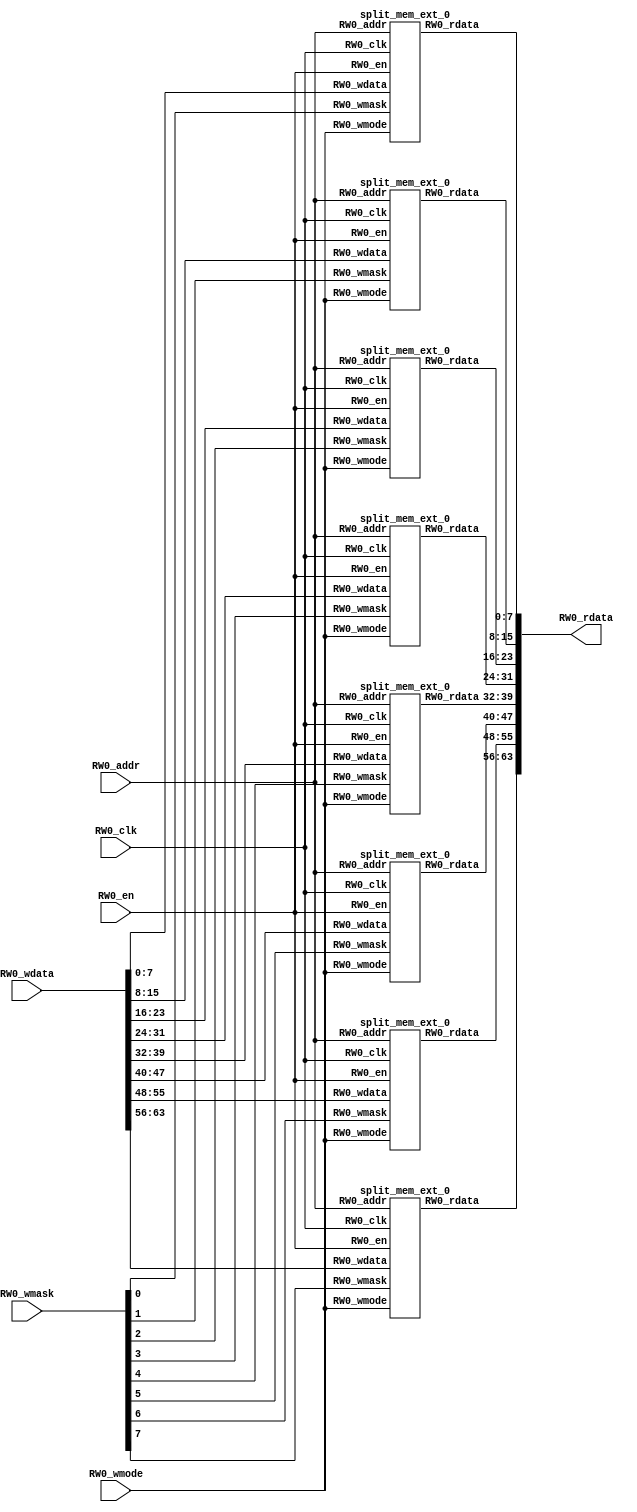
module mem_ext_0(
  input  [8:0]  RW0_addr,
  input         RW0_clk,
  input  [63:0] RW0_wdata,
  output [63:0] RW0_rdata,
  input         RW0_en,
  input         RW0_wmode,
  input  [7:0]  RW0_wmask
);
  wire [8:0] mem_0_0_RW0_addr;
  wire  mem_0_0_RW0_clk;
  wire [7:0] mem_0_0_RW0_wdata;
  wire [7:0] mem_0_0_RW0_rdata;
  wire  mem_0_0_RW0_en;
  wire  mem_0_0_RW0_wmode;
  wire  mem_0_0_RW0_wmask;
  wire [8:0] mem_0_1_RW0_addr;
  wire  mem_0_1_RW0_clk;
  wire [7:0] mem_0_1_RW0_wdata;
  wire [7:0] mem_0_1_RW0_rdata;
  wire  mem_0_1_RW0_en;
  wire  mem_0_1_RW0_wmode;
  wire  mem_0_1_RW0_wmask;
  wire [8:0] mem_0_2_RW0_addr;
  wire  mem_0_2_RW0_clk;
  wire [7:0] mem_0_2_RW0_wdata;
  wire [7:0] mem_0_2_RW0_rdata;
  wire  mem_0_2_RW0_en;
  wire  mem_0_2_RW0_wmode;
  wire  mem_0_2_RW0_wmask;
  wire [8:0] mem_0_3_RW0_addr;
  wire  mem_0_3_RW0_clk;
  wire [7:0] mem_0_3_RW0_wdata;
  wire [7:0] mem_0_3_RW0_rdata;
  wire  mem_0_3_RW0_en;
  wire  mem_0_3_RW0_wmode;
  wire  mem_0_3_RW0_wmask;
  wire [8:0] mem_0_4_RW0_addr;
  wire  mem_0_4_RW0_clk;
  wire [7:0] mem_0_4_RW0_wdata;
  wire [7:0] mem_0_4_RW0_rdata;
  wire  mem_0_4_RW0_en;
  wire  mem_0_4_RW0_wmode;
  wire  mem_0_4_RW0_wmask;
  wire [8:0] mem_0_5_RW0_addr;
  wire  mem_0_5_RW0_clk;
  wire [7:0] mem_0_5_RW0_wdata;
  wire [7:0] mem_0_5_RW0_rdata;
  wire  mem_0_5_RW0_en;
  wire  mem_0_5_RW0_wmode;
  wire  mem_0_5_RW0_wmask;
  wire [8:0] mem_0_6_RW0_addr;
  wire  mem_0_6_RW0_clk;
  wire [7:0] mem_0_6_RW0_wdata;
  wire [7:0] mem_0_6_RW0_rdata;
  wire  mem_0_6_RW0_en;
  wire  mem_0_6_RW0_wmode;
  wire  mem_0_6_RW0_wmask;
  wire [8:0] mem_0_7_RW0_addr;
  wire  mem_0_7_RW0_clk;
  wire [7:0] mem_0_7_RW0_wdata;
  wire [7:0] mem_0_7_RW0_rdata;
  wire  mem_0_7_RW0_en;
  wire  mem_0_7_RW0_wmode;
  wire  mem_0_7_RW0_wmask;
  wire [7:0] RW0_rdata_0_0 = mem_0_0_RW0_rdata;
  wire [7:0] RW0_rdata_0_1 = mem_0_1_RW0_rdata;
  wire [7:0] RW0_rdata_0_2 = mem_0_2_RW0_rdata;
  wire [7:0] RW0_rdata_0_3 = mem_0_3_RW0_rdata;
  wire [7:0] RW0_rdata_0_4 = mem_0_4_RW0_rdata;
  wire [7:0] RW0_rdata_0_5 = mem_0_5_RW0_rdata;
  wire [7:0] RW0_rdata_0_6 = mem_0_6_RW0_rdata;
  wire [7:0] RW0_rdata_0_7 = mem_0_7_RW0_rdata;
  wire [15:0] _GEN_0 = {RW0_rdata_0_1,RW0_rdata_0_0};
  wire [23:0] _GEN_1 = {RW0_rdata_0_2,RW0_rdata_0_1,RW0_rdata_0_0};
  wire [31:0] _GEN_2 = {RW0_rdata_0_3,RW0_rdata_0_2,RW0_rdata_0_1,RW0_rdata_0_0};
  wire [39:0] _GEN_3 = {RW0_rdata_0_4,RW0_rdata_0_3,RW0_rdata_0_2,RW0_rdata_0_1,RW0_rdata_0_0};
  wire [47:0] _GEN_4 = {RW0_rdata_0_5,RW0_rdata_0_4,RW0_rdata_0_3,RW0_rdata_0_2,RW0_rdata_0_1,RW0_rdata_0_0};
  wire [55:0] _GEN_5 = {RW0_rdata_0_6,RW0_rdata_0_5,RW0_rdata_0_4,RW0_rdata_0_3,RW0_rdata_0_2,RW0_rdata_0_1,
    RW0_rdata_0_0};
  wire [63:0] RW0_rdata_0 = {RW0_rdata_0_7,RW0_rdata_0_6,RW0_rdata_0_5,RW0_rdata_0_4,RW0_rdata_0_3,RW0_rdata_0_2,
    RW0_rdata_0_1,RW0_rdata_0_0};
  wire [15:0] _GEN_6 = {RW0_rdata_0_1,RW0_rdata_0_0};
  wire [23:0] _GEN_7 = {RW0_rdata_0_2,RW0_rdata_0_1,RW0_rdata_0_0};
  wire [31:0] _GEN_8 = {RW0_rdata_0_3,RW0_rdata_0_2,RW0_rdata_0_1,RW0_rdata_0_0};
  wire [39:0] _GEN_9 = {RW0_rdata_0_4,RW0_rdata_0_3,RW0_rdata_0_2,RW0_rdata_0_1,RW0_rdata_0_0};
  wire [47:0] _GEN_10 = {RW0_rdata_0_5,RW0_rdata_0_4,RW0_rdata_0_3,RW0_rdata_0_2,RW0_rdata_0_1,RW0_rdata_0_0};
  wire [55:0] _GEN_11 = {RW0_rdata_0_6,RW0_rdata_0_5,RW0_rdata_0_4,RW0_rdata_0_3,RW0_rdata_0_2,RW0_rdata_0_1,
    RW0_rdata_0_0};
  split_mem_ext_0 mem_0_0 (
    .RW0_addr(mem_0_0_RW0_addr),
    .RW0_clk(mem_0_0_RW0_clk),
    .RW0_wdata(mem_0_0_RW0_wdata),
    .RW0_rdata(mem_0_0_RW0_rdata),
    .RW0_en(mem_0_0_RW0_en),
    .RW0_wmode(mem_0_0_RW0_wmode),
    .RW0_wmask(mem_0_0_RW0_wmask)
  );
  split_mem_ext_0 mem_0_1 (
    .RW0_addr(mem_0_1_RW0_addr),
    .RW0_clk(mem_0_1_RW0_clk),
    .RW0_wdata(mem_0_1_RW0_wdata),
    .RW0_rdata(mem_0_1_RW0_rdata),
    .RW0_en(mem_0_1_RW0_en),
    .RW0_wmode(mem_0_1_RW0_wmode),
    .RW0_wmask(mem_0_1_RW0_wmask)
  );
  split_mem_ext_0 mem_0_2 (
    .RW0_addr(mem_0_2_RW0_addr),
    .RW0_clk(mem_0_2_RW0_clk),
    .RW0_wdata(mem_0_2_RW0_wdata),
    .RW0_rdata(mem_0_2_RW0_rdata),
    .RW0_en(mem_0_2_RW0_en),
    .RW0_wmode(mem_0_2_RW0_wmode),
    .RW0_wmask(mem_0_2_RW0_wmask)
  );
  split_mem_ext_0 mem_0_3 (
    .RW0_addr(mem_0_3_RW0_addr),
    .RW0_clk(mem_0_3_RW0_clk),
    .RW0_wdata(mem_0_3_RW0_wdata),
    .RW0_rdata(mem_0_3_RW0_rdata),
    .RW0_en(mem_0_3_RW0_en),
    .RW0_wmode(mem_0_3_RW0_wmode),
    .RW0_wmask(mem_0_3_RW0_wmask)
  );
  split_mem_ext_0 mem_0_4 (
    .RW0_addr(mem_0_4_RW0_addr),
    .RW0_clk(mem_0_4_RW0_clk),
    .RW0_wdata(mem_0_4_RW0_wdata),
    .RW0_rdata(mem_0_4_RW0_rdata),
    .RW0_en(mem_0_4_RW0_en),
    .RW0_wmode(mem_0_4_RW0_wmode),
    .RW0_wmask(mem_0_4_RW0_wmask)
  );
  split_mem_ext_0 mem_0_5 (
    .RW0_addr(mem_0_5_RW0_addr),
    .RW0_clk(mem_0_5_RW0_clk),
    .RW0_wdata(mem_0_5_RW0_wdata),
    .RW0_rdata(mem_0_5_RW0_rdata),
    .RW0_en(mem_0_5_RW0_en),
    .RW0_wmode(mem_0_5_RW0_wmode),
    .RW0_wmask(mem_0_5_RW0_wmask)
  );
  split_mem_ext_0 mem_0_6 (
    .RW0_addr(mem_0_6_RW0_addr),
    .RW0_clk(mem_0_6_RW0_clk),
    .RW0_wdata(mem_0_6_RW0_wdata),
    .RW0_rdata(mem_0_6_RW0_rdata),
    .RW0_en(mem_0_6_RW0_en),
    .RW0_wmode(mem_0_6_RW0_wmode),
    .RW0_wmask(mem_0_6_RW0_wmask)
  );
  split_mem_ext_0 mem_0_7 (
    .RW0_addr(mem_0_7_RW0_addr),
    .RW0_clk(mem_0_7_RW0_clk),
    .RW0_wdata(mem_0_7_RW0_wdata),
    .RW0_rdata(mem_0_7_RW0_rdata),
    .RW0_en(mem_0_7_RW0_en),
    .RW0_wmode(mem_0_7_RW0_wmode),
    .RW0_wmask(mem_0_7_RW0_wmask)
  );
  assign RW0_rdata = {RW0_rdata_0_7,_GEN_5};
  assign mem_0_0_RW0_addr = RW0_addr;
  assign mem_0_0_RW0_clk = RW0_clk;
  assign mem_0_0_RW0_wdata = RW0_wdata[7:0];
  assign mem_0_0_RW0_en = RW0_en;
  assign mem_0_0_RW0_wmode = RW0_wmode;
  assign mem_0_0_RW0_wmask = RW0_wmask[0];
  assign mem_0_1_RW0_addr = RW0_addr;
  assign mem_0_1_RW0_clk = RW0_clk;
  assign mem_0_1_RW0_wdata = RW0_wdata[15:8];
  assign mem_0_1_RW0_en = RW0_en;
  assign mem_0_1_RW0_wmode = RW0_wmode;
  assign mem_0_1_RW0_wmask = RW0_wmask[1];
  assign mem_0_2_RW0_addr = RW0_addr;
  assign mem_0_2_RW0_clk = RW0_clk;
  assign mem_0_2_RW0_wdata = RW0_wdata[23:16];
  assign mem_0_2_RW0_en = RW0_en;
  assign mem_0_2_RW0_wmode = RW0_wmode;
  assign mem_0_2_RW0_wmask = RW0_wmask[2];
  assign mem_0_3_RW0_addr = RW0_addr;
  assign mem_0_3_RW0_clk = RW0_clk;
  assign mem_0_3_RW0_wdata = RW0_wdata[31:24];
  assign mem_0_3_RW0_en = RW0_en;
  assign mem_0_3_RW0_wmode = RW0_wmode;
  assign mem_0_3_RW0_wmask = RW0_wmask[3];
  assign mem_0_4_RW0_addr = RW0_addr;
  assign mem_0_4_RW0_clk = RW0_clk;
  assign mem_0_4_RW0_wdata = RW0_wdata[39:32];
  assign mem_0_4_RW0_en = RW0_en;
  assign mem_0_4_RW0_wmode = RW0_wmode;
  assign mem_0_4_RW0_wmask = RW0_wmask[4];
  assign mem_0_5_RW0_addr = RW0_addr;
  assign mem_0_5_RW0_clk = RW0_clk;
  assign mem_0_5_RW0_wdata = RW0_wdata[47:40];
  assign mem_0_5_RW0_en = RW0_en;
  assign mem_0_5_RW0_wmode = RW0_wmode;
  assign mem_0_5_RW0_wmask = RW0_wmask[5];
  assign mem_0_6_RW0_addr = RW0_addr;
  assign mem_0_6_RW0_clk = RW0_clk;
  assign mem_0_6_RW0_wdata = RW0_wdata[55:48];
  assign mem_0_6_RW0_en = RW0_en;
  assign mem_0_6_RW0_wmode = RW0_wmode;
  assign mem_0_6_RW0_wmask = RW0_wmask[6];
  assign mem_0_7_RW0_addr = RW0_addr;
  assign mem_0_7_RW0_clk = RW0_clk;
  assign mem_0_7_RW0_wdata = RW0_wdata[63:56];
  assign mem_0_7_RW0_en = RW0_en;
  assign mem_0_7_RW0_wmode = RW0_wmode;
  assign mem_0_7_RW0_wmask = RW0_wmask[7];
endmodule
module split_mem_ext_0(
  input  [8:0] RW0_addr,
  input        RW0_clk,
  input  [7:0] RW0_wdata,
  output [7:0] RW0_rdata,
  input        RW0_en,
  input        RW0_wmode,
  input        RW0_wmask
);
`ifdef RANDOMIZE_MEM_INIT
  reg [31:0] _RAND_0;
`endif // RANDOMIZE_MEM_INIT
`ifdef RANDOMIZE_REG_INIT
  reg [31:0] _RAND_1;
  reg [31:0] _RAND_2;
`endif // RANDOMIZE_REG_INIT
  reg [7:0] ram [0:511];
  wire  ram_RW_0_r_en;
  wire [8:0] ram_RW_0_r_addr;
  wire [7:0] ram_RW_0_r_data;
  wire [7:0] ram_RW_0_w_data;
  wire [8:0] ram_RW_0_w_addr;
  wire  ram_RW_0_w_mask;
  wire  ram_RW_0_w_en;
  reg  ram_RW_0_r_en_pipe_0;
  reg [8:0] ram_RW_0_r_addr_pipe_0;
  wire  _GEN_0 = ~RW0_wmode;
  wire  _GEN_1 = ~RW0_wmode;
  assign ram_RW_0_r_en = ram_RW_0_r_en_pipe_0;
  assign ram_RW_0_r_addr = ram_RW_0_r_addr_pipe_0;
  assign ram_RW_0_r_data = ram[ram_RW_0_r_addr];
  assign ram_RW_0_w_data = RW0_wdata;
  assign ram_RW_0_w_addr = RW0_addr;
  assign ram_RW_0_w_mask = RW0_wmask;
  assign ram_RW_0_w_en = RW0_en & RW0_wmode;
  assign RW0_rdata = ram_RW_0_r_data;
  always @(posedge RW0_clk) begin
    if (ram_RW_0_w_en & ram_RW_0_w_mask) begin
      ram[ram_RW_0_w_addr] <= ram_RW_0_w_data;
    end
    ram_RW_0_r_en_pipe_0 <= RW0_en & ~RW0_wmode;
    if (RW0_en & ~RW0_wmode) begin
      ram_RW_0_r_addr_pipe_0 <= RW0_addr;
    end
  end
// Register and memory initialization
`ifdef RANDOMIZE_GARBAGE_ASSIGN
`define RANDOMIZE
`endif
`ifdef RANDOMIZE_INVALID_ASSIGN
`define RANDOMIZE
`endif
`ifdef RANDOMIZE_REG_INIT
`define RANDOMIZE
`endif
`ifdef RANDOMIZE_MEM_INIT
`define RANDOMIZE
`endif
`ifndef RANDOM
`define RANDOM $random
`endif
`ifdef RANDOMIZE_MEM_INIT
  integer initvar;
`endif
`ifndef SYNTHESIS
`ifdef FIRRTL_BEFORE_INITIAL
`FIRRTL_BEFORE_INITIAL
`endif
initial begin
  `ifdef RANDOMIZE
    `ifdef INIT_RANDOM
      `INIT_RANDOM
    `endif
    `ifndef VERILATOR
      `ifdef RANDOMIZE_DELAY
        #`RANDOMIZE_DELAY begin end
      `else
        #0.002 begin end
      `endif
    `endif
`ifdef RANDOMIZE_MEM_INIT
  _RAND_0 = {1{`RANDOM}};
  for (initvar = 0; initvar < 512; initvar = initvar+1)
    ram[initvar] = _RAND_0[7:0];
`endif // RANDOMIZE_MEM_INIT
`ifdef RANDOMIZE_REG_INIT
  _RAND_1 = {1{`RANDOM}};
  ram_RW_0_r_en_pipe_0 = _RAND_1[0:0];
  _RAND_2 = {1{`RANDOM}};
  ram_RW_0_r_addr_pipe_0 = _RAND_2[8:0];
`endif // RANDOMIZE_REG_INIT
  `endif // RANDOMIZE
end // initial
`ifdef FIRRTL_AFTER_INITIAL
`FIRRTL_AFTER_INITIAL
`endif
`endif // SYNTHESIS
endmodule